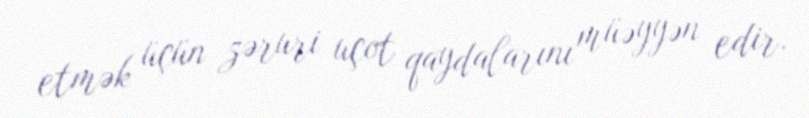
etmək üçün zəruri uçot qaydalarını müəyyən edir.